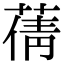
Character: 蒨